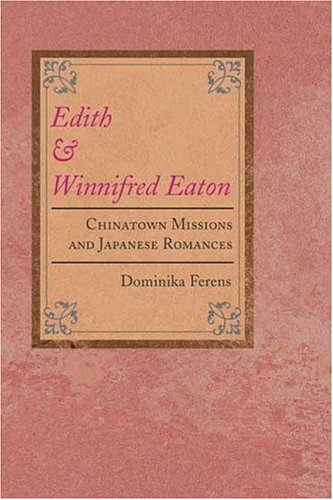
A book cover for Edith and Winnifred Eaton: CHINATOWN MISSIONS AND JAPANESE ROMANCES (Asian American Experience); Dominika Ferens; Literature & Fiction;